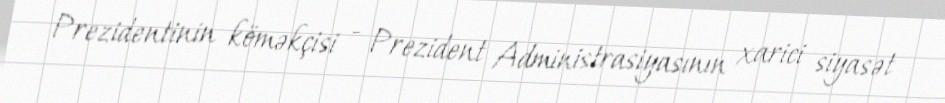
Prezidentinin köməkçisi - Prezident Administrasiyasının xarici siyasət